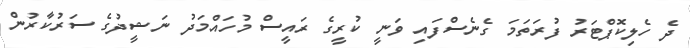
ދެ ހެލިކޮޕްޓަރު ފުރަތަމަ ގެނެސްފައި ވަނީ ކުރީގެ ރައީސް މުހައްމަދު ނަޝީދުގެ ސަރުކާރުން